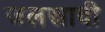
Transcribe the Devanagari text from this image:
जलस्रावी